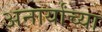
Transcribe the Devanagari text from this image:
अनार्यांच्या